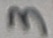
Text: 3